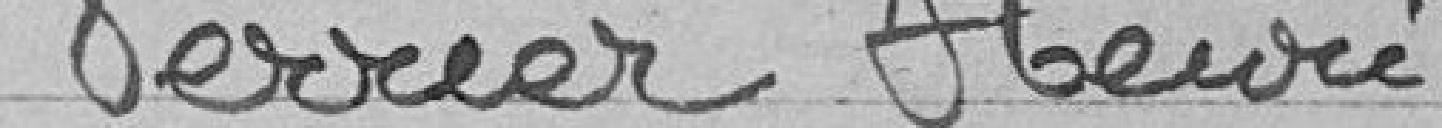
Verrier Henri